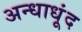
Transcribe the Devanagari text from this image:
अन्धाधूंद